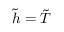
{ \tilde { h } } = { \tilde { T } }